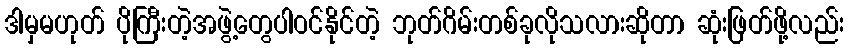
ဒါမှမဟုတ် ပိုကြီးတဲ့အဖွဲ့တွေပါဝင်နိုင်တဲ့ ဘုတ်ဂိမ်းတစ်ခုလိုသလားဆိုတာ ဆုံးဖြတ်ဖို့လည်း